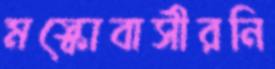
মস্কোবাসীরনি